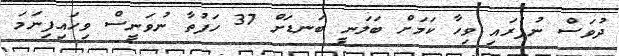
ދުވަސް ނުފުރައި ވިހާ ކަމަށް ބަލަނީ ބަނޑަށް 37 ހަފުތާ ނުވަނީސް ވިހައިފިނަމަ